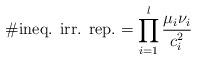
LaTeX: \begin{align*}\# \mbox{ineq. irr. rep.} = \prod_{i=1}^l \frac{ \mu_i \nu_i }{c_i^2}\end{align*}